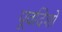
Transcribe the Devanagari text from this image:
पूर्वादेशों